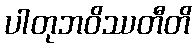
ပါတုဘဝိဿတီတိ